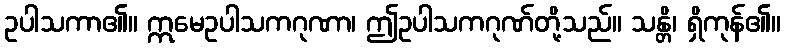
ဥပါသကာ၏။ ဣမေဥပါသကဂုဏာ၊ ဤဥပါသကဂုဏ်တို့သည်။ သန္တိ၊ ရှိကုန်၏။